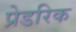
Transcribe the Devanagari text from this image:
प्रेडरिक